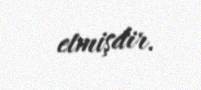
etmişdir.